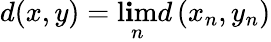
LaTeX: d(x,y)=\operatorname*{l\mathbf{i}m}_{n}d\left(x_{n},y_{n}\right)